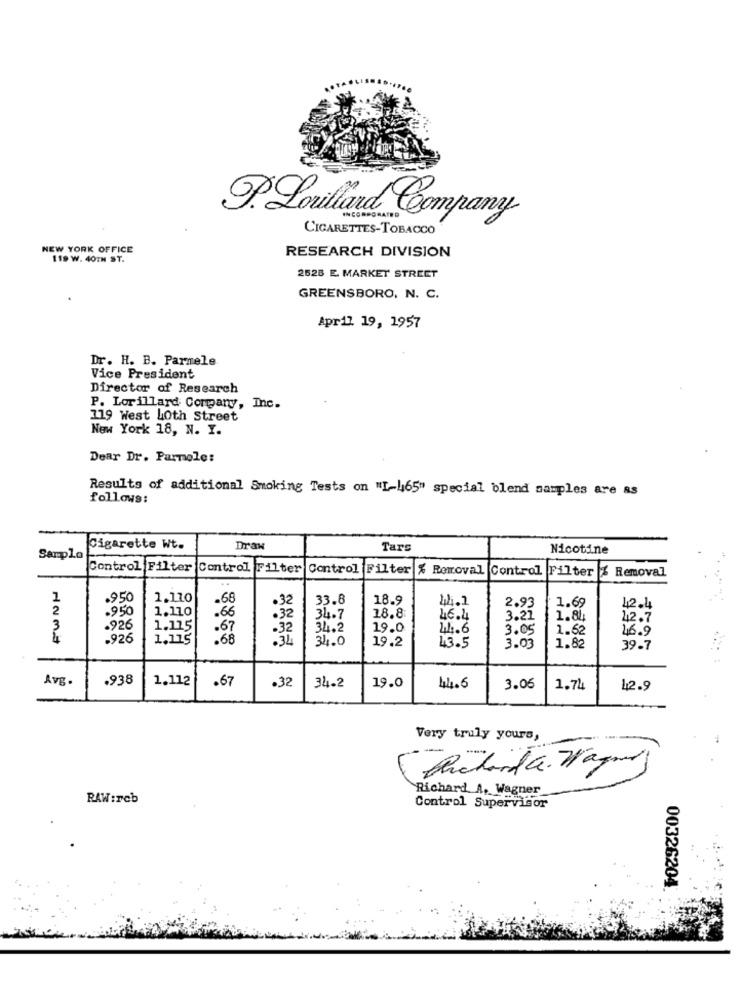
.Lorillard Company
INCORPORATED
CIGARETTES-TOBACCO
NEW YORK OFFICE
RESEARCH DIVISION
119 W. 40TH ST.
2628 E. MARKET STREET
GREENSBORO, N. C.
April 19, 1957
Dr. H. B. Parmele
Vice President
Director of Research
P. Lorillard Company, Inc.
319 West LOth Street
New York 18, N. I.
Dear Dr. Parmele:
Results of additional Smoking Tests on "I-465" special blend samples are as
follows:
Cigarette Wt.
Draw
Tars
Nicotine
Sampla
Control Filter
Control Filter
Control Filter
% Removal Control Filter % Removal
.950
1.110
-68
33.8
18.9
44.1
2
.950
1.110
66
2.93
1.69
42.4
.32
34.7
18.8
46.4
3.21
1.84
42.7
3
.926
1.115
.32
34.2
19.0
44.6
3.05
1.62
46.9
1234
.926
1.115
.68
34.0
19.2
43.5
3.03
1.82
39.7
Avg.
.938
1.112
.67
19.0
.32
34.2
44.6
3.06
1.74
12.9
Very truly yours,
Petarda. Wagner)
Richard A, Wagner
RAW:reb
Control Supervisor
00326204